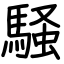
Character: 騒